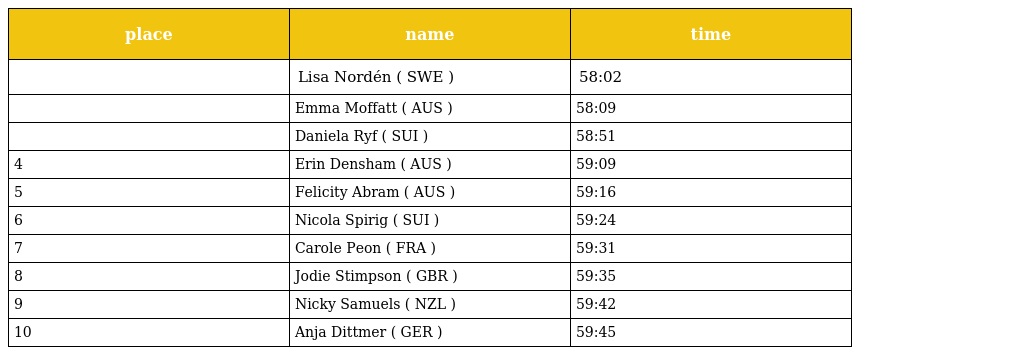
| place | name | time |
 | --- | --- | --- |
 |  | Lisa Nordén ( SWE ) | 58:02 |
 |  | Emma Moffatt ( AUS ) | 58:09 |
 |  | Daniela Ryf ( SUI ) | 58:51 |
 | 4 | Erin Densham ( AUS ) | 59:09 |
 | 5 | Felicity Abram ( AUS ) | 59:16 |
 | 6 | Nicola Spirig ( SUI ) | 59:24 |
 | 7 | Carole Peon ( FRA ) | 59:31 |
 | 8 | Jodie Stimpson ( GBR ) | 59:35 |
 | 9 | Nicky Samuels ( NZL ) | 59:42 |
 | 10 | Anja Dittmer ( GER ) | 59:45 |